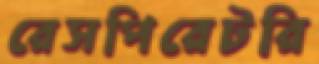
রেসপিরেটরি